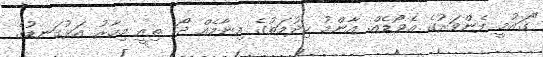
"ގައުމީ ފެންވަރުގެ އެވޯޑެއް. އާންމު ހިދުމަތުގެ އިނާމެއް ދޯ. ތިއީ މިހާރު އަޅުގަނޑުގެ